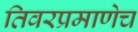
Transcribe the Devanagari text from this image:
तिवरप्रमाणेच